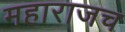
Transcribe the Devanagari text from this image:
महाराजच